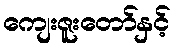
ကျေးဇူးတော်နှင့်